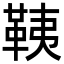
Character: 䩟